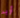
أريد